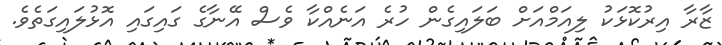
ޒާރާ އިރުކޮޅަކު ލިއަމްއަށް ބަލައިގެން ހުރެ އަނެއްކާ ވެސް އޭނާގެ ގައިގައި އޮޅުލައިގަތެވެ.